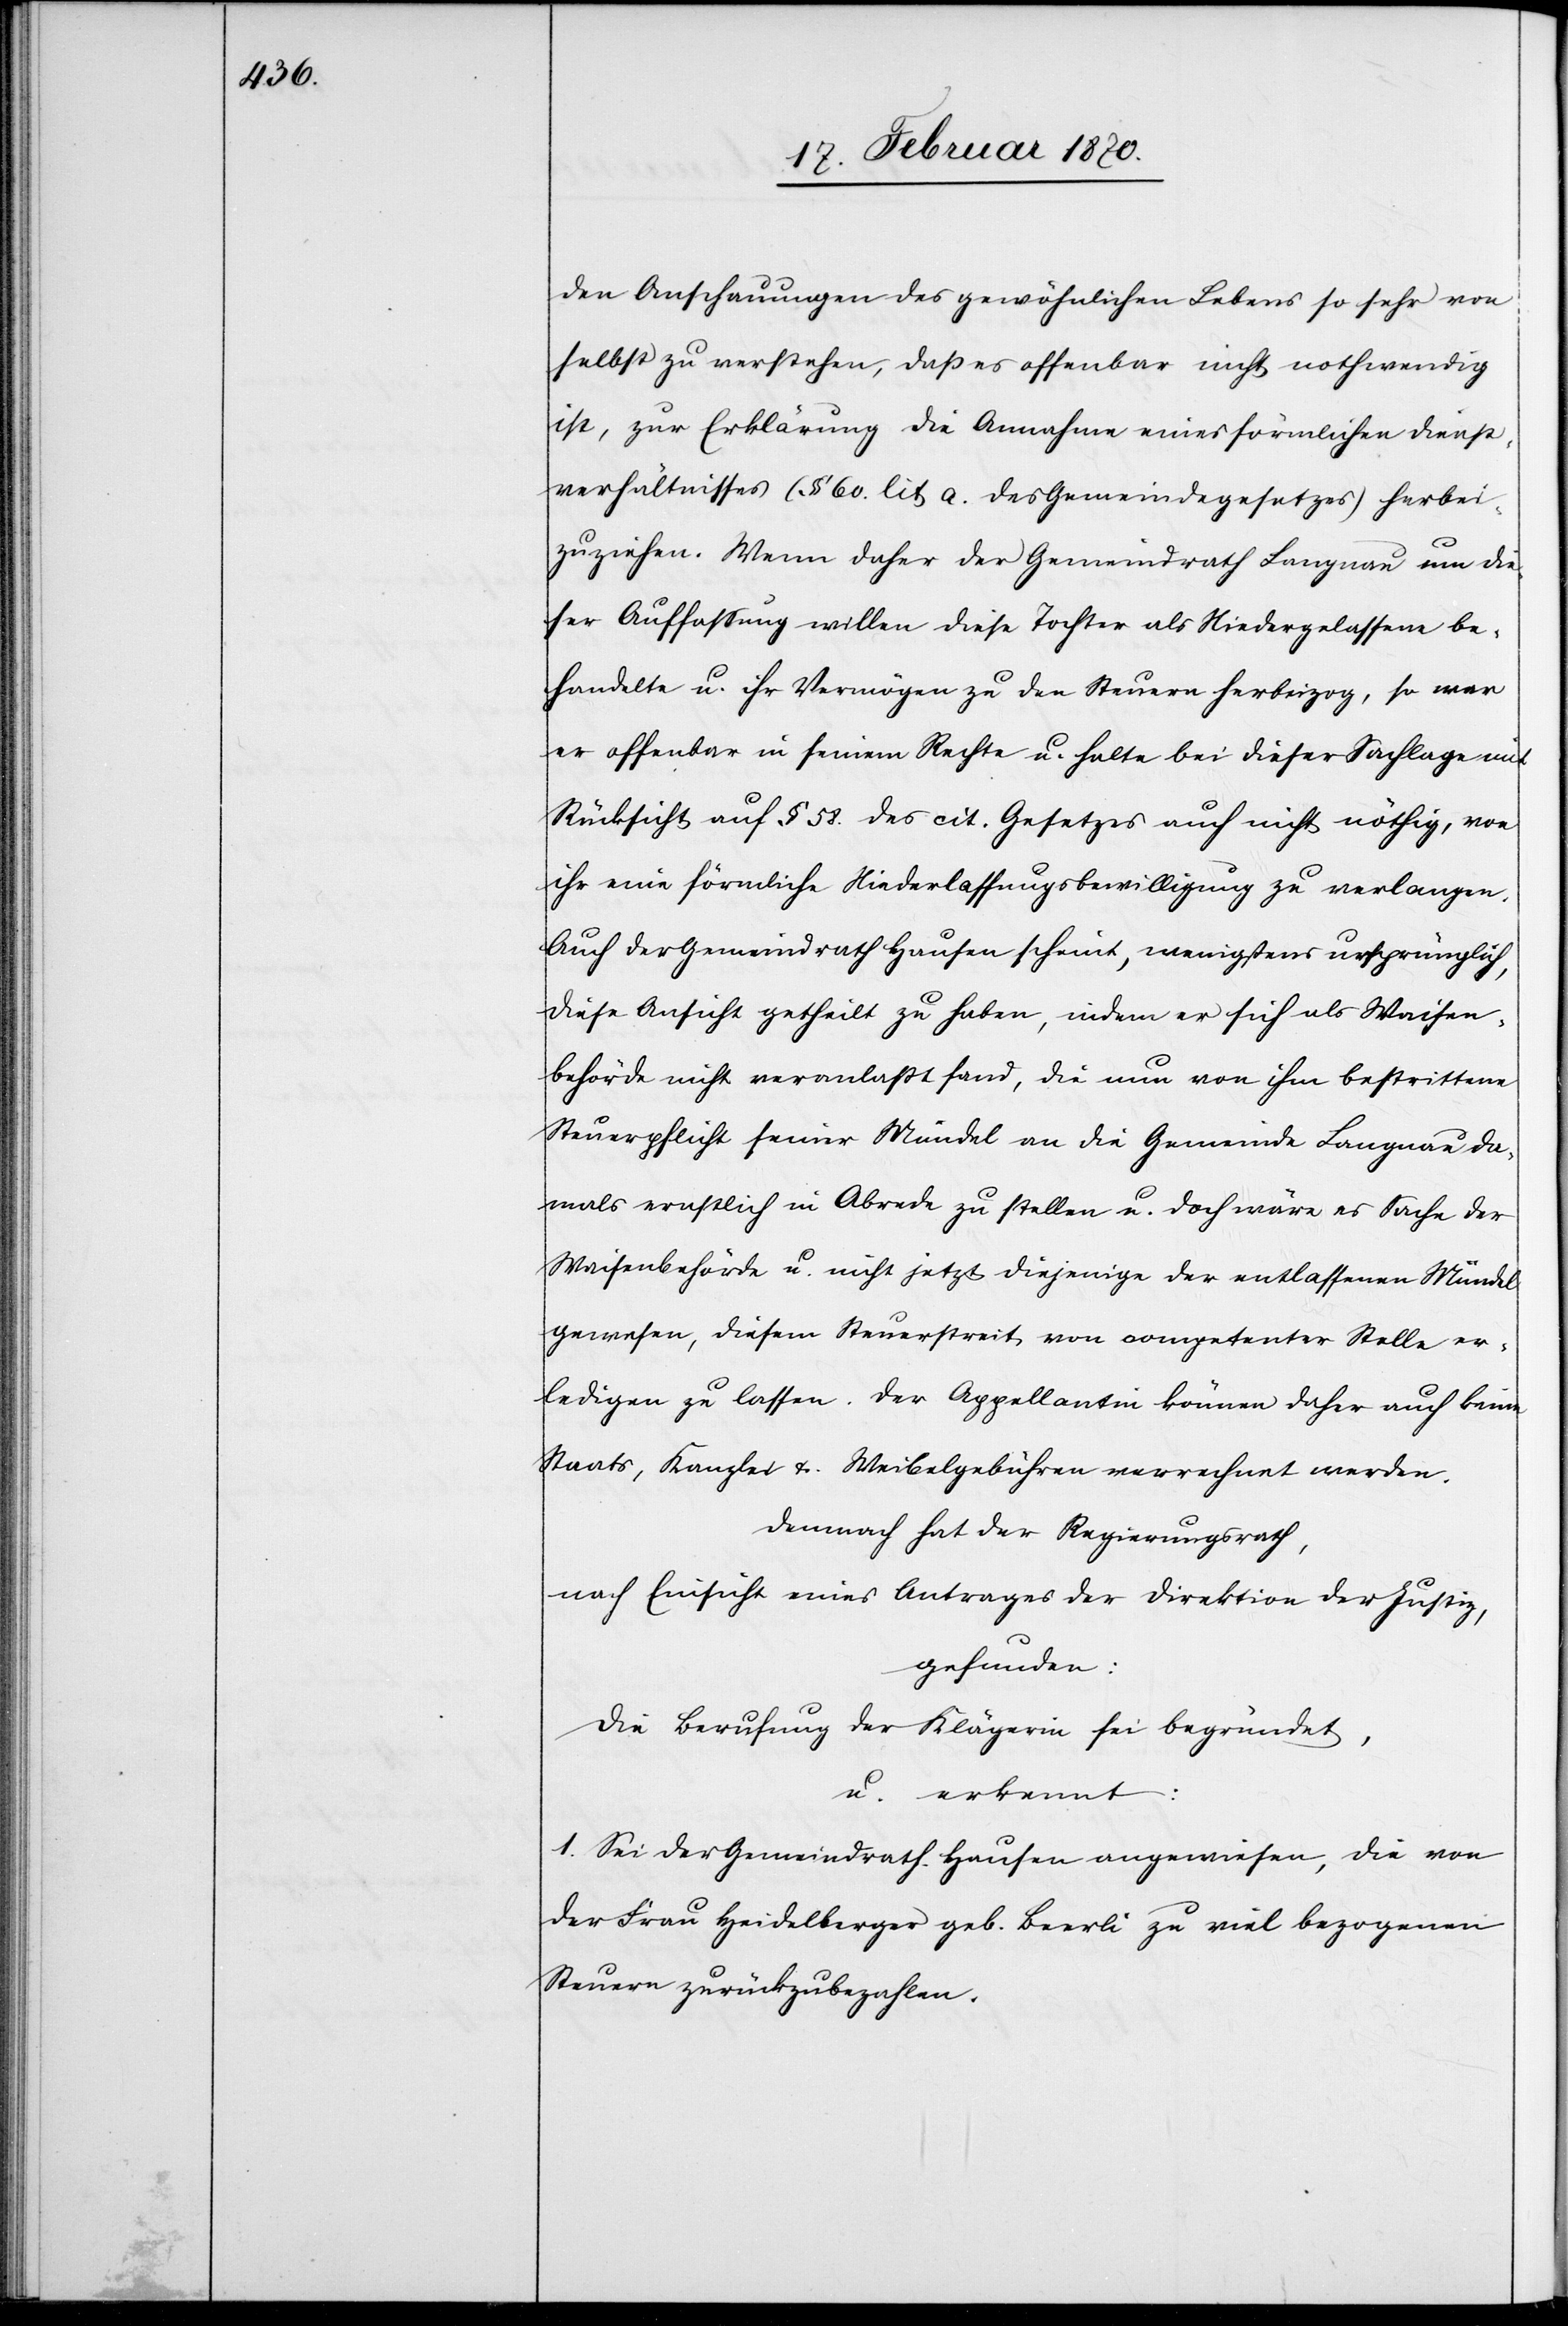
Anschauungen des gewöhnlichen Lebens so sehr von
selbst zu verstehen, dass es offenbar nicht nothwendig
ist, zur Erklärung die Annahme eines förmlichen Dienst¬
verhältnisses (§ 60. lit a. des Gemeindegesetzes) herbei¬
zuziehen. Wenn daher der Gemeindrath Langnau um die¬
ser Auffassung willen diese Tochter als Niedergelassene be¬
handelte u. ihr Vermögen zu den Steuern herbeizog, so war
er offenbar in seinem Rechte u. halte bei dieser Sachlage mit
Rücksicht auf § 58. des cit. Gesetzes auch nicht nöthig, von
ihr eine förmliche Niederlassungsbewilligung zu verlangen.
Auch der Gemeindrath Hausen scheint, wenigstens ursprünglich,
diese Ansicht getheilt zu haben, indem er sich als Waisen¬
behörde nicht veranlasst fand, die nun von ihm bestrittene
Steuerpflicht seiner Mündel an die Gemeinde Langnau da¬
mals ernstlich in Abrede zu stellen u. doch wäre es Sache der
Waisenbehörde u. nicht jetzt diejenige der entlassenen Mündel
gewesen, diesem Steuerstreit von competenter Stelle er¬
ledigen zu lassen. Der Appellantin können daher auch keine
Staats[-], Kanzlei[-] & Weibelgebühren verrechnet werden.
Demnach hat der Regierungsrath,
nach Einsicht eines Antrages der Direktion der Justiz
gefunden:
Die Berufung der Klägerin sei begründet,
u. erkennt:
1. Sei der Gemeindrath Hausen angewiesen, die von
der Frau Heidelberger geb. Beerli zu viel bezogenen
Steuern zurückzubezahlen.